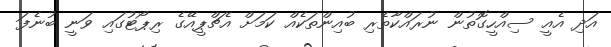
އަދި އެއީ ސިއްހީގޮތުން ނުރައްކާތެރި ބުއިންތަކެއް ކަމަށް އެޗްޕީއޭގެ ރިޕޯޓުގައި ވަނީ ބުނެފަ